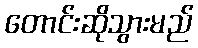
တောင်းဆိုသွားမည်